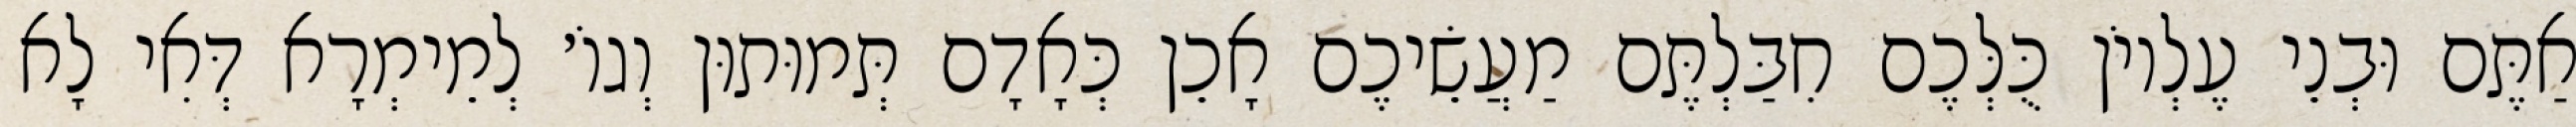
אַתֶּם וּבְנֵי עֶלְיוֹן כֻּלְּכֶם חִבַּלְתֶּם מַעֲשֵׂיכֶם אָכֵן כְּאָדָם תְּמוּתוּן וְגוֹ׳ לְמֵימְרָא דְּאִי לָא